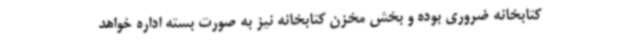
کتابخانه ضروری بوده و بخش مخزن کتابخانه نیز به صورت بسته اداره خواهد